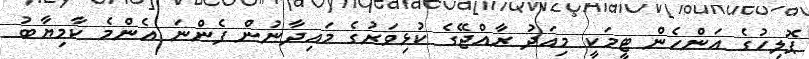
ޕޮލިހުގެ އަންހެން ޓީމަކީ މިއަދު ރާއްޖޭގެ ކުޅިވަރުގެ މައިދާނުން ފެންނަ އެންމެ ކާމިޔާބު